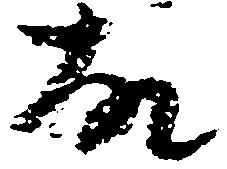
故